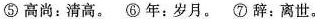
⑤高尚：清高。⑥年：岁月。⑦辞：离世。